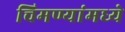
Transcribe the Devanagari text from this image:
चिमण्यांमध्ये